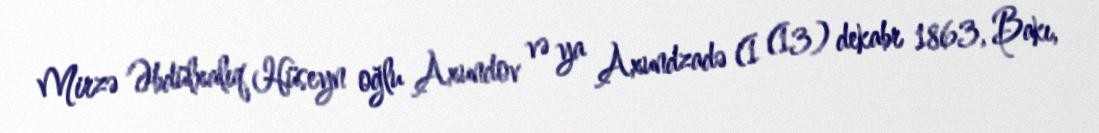
Mirzə Əbdülxalıq Hüseyn oğlu Axundov və ya Axundzadə (1 (13) dekabr 1863, Bakı,